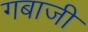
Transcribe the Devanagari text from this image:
गबाजी